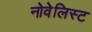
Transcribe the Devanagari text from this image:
नोवेलिस्ट